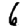
Digit: 6